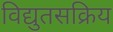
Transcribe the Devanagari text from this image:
विद्युतसक्रिय